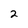
Character: 2